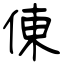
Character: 倲